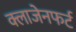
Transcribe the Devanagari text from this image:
क्लाजेनफर्ट